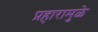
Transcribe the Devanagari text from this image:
प्रहारामुळे